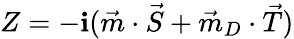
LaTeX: Z=-\mathbf{i}(\vec{{m}}\cdot\vec{{S}}+\vec{{m}}_{D}\cdot\vec{{T}})